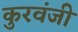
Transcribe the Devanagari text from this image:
कुरवंजी